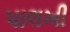
પાલખી